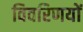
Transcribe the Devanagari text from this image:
विवरिणयों